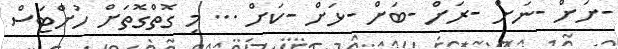
-ށަށް -ނަށް -ރަށް -ބަށް -ޅަށް -ކަށް ... މި ގޮތްގޮތަށް ހުށްޓަސް